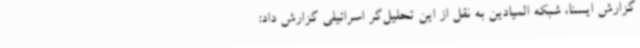
گزارش ایسنا، شبکه المیادین به نقل از این تحلیل‌گر اسرائیلی گزارش داد: